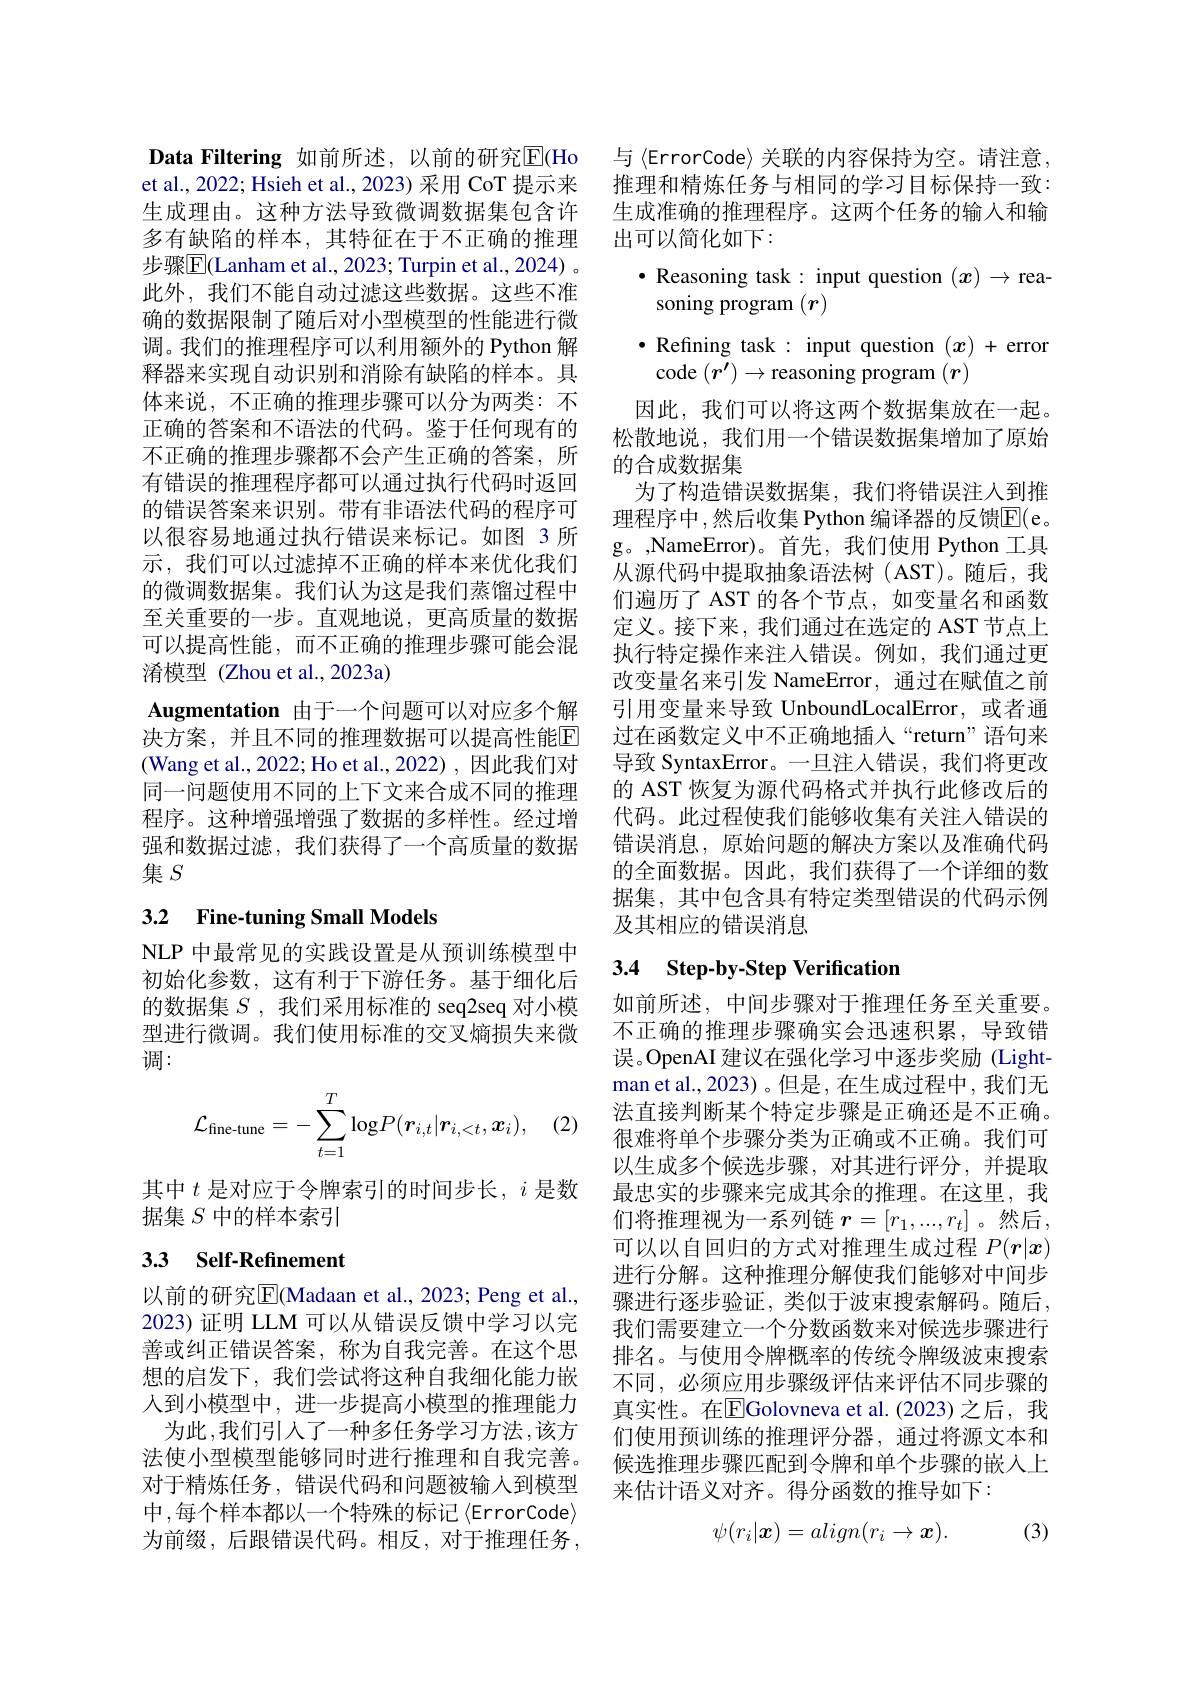
Data Filtering 如前所述，以前的研究$\overline{\mathrm{E}}($Ho et al., 2022; Hsieh et al., 2023) 采用 CoT 提示来生成理由。这种方法导致微调数据集包含许多有缺陷的样本，其特征在于不正确的推理步骤$\boxed{\mathrm{F}}($Lanham et al., 2023; Turpin et al., 2024) 。此外，我们不能自动过滤这些数据。这些不准确的数据限制了随后对小型模型的性能进行微调。我们的推理程序可以利用额外的 Python 解释器来实现自动识别和消除有缺陷的样本。具体来说，不正确的推理步骤可以分为两类：不正确的答案和不语法的代码。鉴于任何现有的不正确的推理步骤都不会产生正确的答案，所有错误的推理程序都可以通过执行代码时返回的错误答案来识别。带有非语法代码的程序可以很容易地通过执行错误来标记。如图 3 所示，我们可以过滤掉不正确的样本来优化我们的微调数据集。我们认为这是我们蒸馏过程中至关重要的一步。直观地说，更高质量的数据可以提高性能，而不正确的推理步骤可能会混淆模型 (Zhou et al.,2023a)
Augmentation 由于一个问题可以对应多个解决方案，并且不同的推理数据可以提高性能$\mathbb{E}$ (Wang et al., 2022; Ho et al., 2022) , 因此我们对同一问题使用不同的上下文来合成不同的推理程序。这种增强增强了数据的多样性。经过增强和数据过滤，我们获得了一个高质量的数据集$S$

# 3.2 Fine-tuning Small Models

NLP 中最常见的实践设置是从预训练模型中初始化参数，这有利于下游任务。基于细化后的数据集$S$ ,我们采用标准的 seq2seq 对小模型进行微调。我们使用标准的交叉熵损失来微调：
$$\mathcal{L}_{\text{fine-tune}}=-\sum_{t=1}^T\log P(\boldsymbol{r}_{i,t}|\boldsymbol{r}_{i,<t},\boldsymbol{x}_i),$$
(2)

其中$t$是对应于令牌索引的时间步长，$i$是数
据集$S$中的样本索引

# 3.3 Self-Refinement

以前的研究$\overline{\mathrm{E}}$(Madaan et al., 2023; Peng et al., 2023) 证明 LLM 可以从错误反馈中学习以完善或纠正错误答案，称为自我完善。在这个思想的启发下，我们尝试将这种自我细化能力嵌人到小模型中，进一步提高小模型的推理能力为此，我们引入了一种多任务学习方法，该方
法使小型模型能够同时进行推理和自我完善。对于精炼任务，错误代码和问题被输人到模型中，每个样本都以一个特殊的标记$\langle$ErrorCode$\rangle$ 为前缀，后跟错误代码。相反，对于推理任务，

与《ErrorCode〉关联的内容保持为空。请注意， 推理和精炼任务与相同的学习目标保持一致： 生成准确的推理程序。这两个任务的输入和输出可以简化如下：
$\bullet$ Reasoning task: input question $(x)\to$rea-
soning program $(r)$
$\bullet$ Refining task: input question $(x)+$ error
code $(r^\prime)\to$reasoning program $(r)$
因此，我们可以将这两个数据集放在一起。松散地说，我们用一个错误数据集增加了原始的合成数据集
为了构造错误数据集，我们将错误注入到推理程序中，然后收集 Python 编译器的反馈$\overline{\mathrm{E}}($e。g。,NameError)。首先，我们使用 Python 工具从源代码中提取抽象语法树(AST)。随后，我们遍历了 AST 的各个节点，如变量名和函数定义。接下来，我们通过在选定的 AST 节点上执行特定操作来注人错误。例如，我们通过更改变量名来引发 NameError, 通过在赋值之前引用变量来导致 UnboundLocalError,或者通过在函数定义中不正确地插入“return”语句来导致 SyntaxError。一旦注人错误，我们将更改的 AST 恢复为源代码格式并执行此修改后的代码。此过程使我们能够收集有关注入错误的错误消息，原始问题的解决方案以及准确代码的全面数据。因此，我们获得了一个详细的数据集，其中包含具有特定类型错误的代码示例及其相应的错误消息

# 3.4 Step-by-Step Verification

如前所述，中间步骤对于推理任务至关重要。不正确的推理步骤确实会迅速积累，导致错误。OpenAI 建议在强化学习中逐步奖励 (Light-) man et al., 2023) 。但是 , 在生成过程中，我们无法直接判断某个特定步骤是正确还是不正确。很难将单个步骤分类为正确或不正确。我们可以生成多个候选步骤，对其进行评分，并提取最忠实的步骤来完成其余的推理。在这里，我们将推理视为一系列链 $\boldsymbol r=[r_1,...,r_t]$。然后， 可以以自回归的方式对推理生成过程$P(r|x)$ 进行分解。这种推理分解使我们能够对中间步骤进行逐步验证，类似于波束搜索解码。随后， 我们需要建立一个分数函数来对候选步骤进行排名。与使用令牌概率的传统令牌级波束搜索不同，必须应用步骤级评估来评估不同步骤的真实性。在$\overline{\mathrm{E}}$Golovneva et al.(2023)之后，我们使用预训练的推理评分器，通过将源文本和候选推理步骤匹配到令牌和单个步骤的嵌入上来估计语义对齐。得分函数的推导如下：
$$\psi(r_i|\boldsymbol{x})=align(r_i\to\boldsymbol{x}).$$
(3)